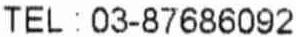
TEL : 03-87686092